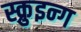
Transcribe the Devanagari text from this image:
स्क्रुइन्ग